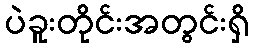
ပဲခူးတိုင်းအတွင်းရှိ